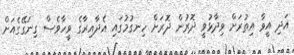
އަދި އީވާ އިތުރަށް ވިދާޅުވީ ދޮރުން ދޮރަށް ހިނގުމުގައި އެދާއިރާގެ ވީހާވެސް ގިނަގޭގެއަށް